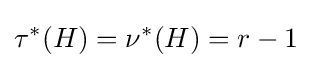
\tau ^{*}(H)=\nu ^{*}(H)=r-1